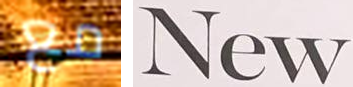
مع New